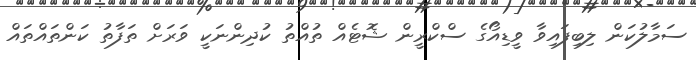
ސަމާލުކަން ލިބިފައިވާ ވީޑިއޯގެ ސްކްރީން ޝޮޓެއް ތުއްތު ކުދިންނަކީ ވަރަށް ތަފާތު ކަންތައްތައް